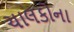
ચાલકોના